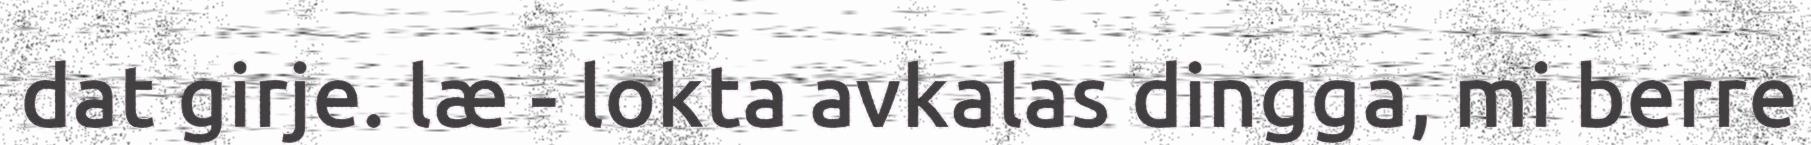
dat girje. læ - lokta avkalas dingga, mi berre